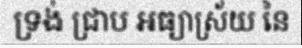
ទ្រង់ ជ្រាប អធ្យាស្រ័យ នៃ